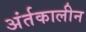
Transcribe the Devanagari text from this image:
अंर्तकालीन